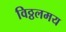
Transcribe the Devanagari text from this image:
विठ्ठलमय